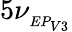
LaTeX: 5\nu_{_{EP_{V3}}}